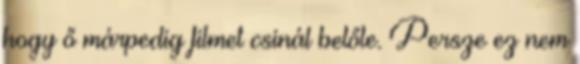
hogy ő márpedig filmet csinál belőle. Persze ez nem